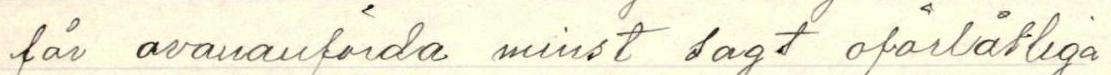
får ovananförda minst sagt oförlåtliga